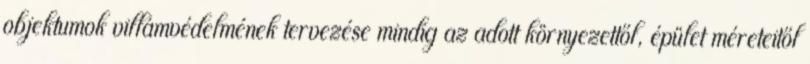
objektumok villámvédelmének tervezése mindig az adott környezettől, épület méreteitől